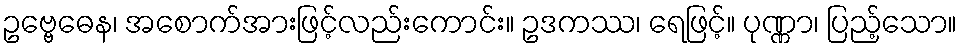
ဥဗ္ဗေဓေန၊ အစောက်အားဖြင့်လည်းကောင်း။ ဥဒကဿ၊ ရေဖြင့်။ ပုဏ္ဏာ၊ ပြည့်သော။